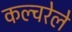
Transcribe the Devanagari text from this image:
कल्चरेले